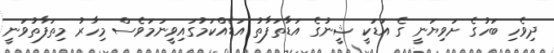
ދިވެހި ބަހުގެ ށަވިޔަނީ ގެ އަޑަކީ ޝީނުގެ އަޑާތަފާތު އަޑެއްކަމުގައިވީނަމަވެސް މިހާރު މިތަފާތުވަނީ